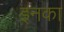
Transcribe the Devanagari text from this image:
इनका